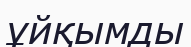
ұйқымды